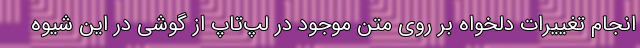
انجام تغییرات دلخواه بر روی متن موجود در لپ‌تاپ از گوشی در این شیوه